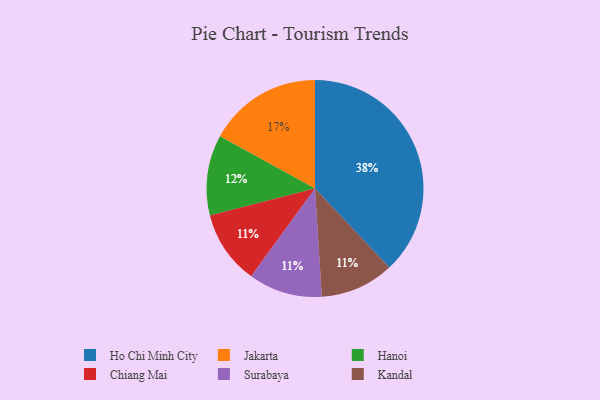
{"axis": {"x": "Category", "y": "Percentage"}, "legend": ["Chiang Mai", "Hanoi", "Ho Chi Minh City", "Jakarta", "Kandal", "Surabaya"], "data": [{"x": "Jakarta", "y": 17, "type": "Jakarta"}, {"x": "Chiang Mai", "y": 11, "type": "Chiang Mai"}, {"x": "Ho Chi Minh City", "y": 38, "type": "Ho Chi Minh City"}, {"x": "Hanoi", "y": 12, "type": "Hanoi"}, {"x": "Surabaya", "y": 11, "type": "Surabaya"}, {"x": "Kandal", "y": 11, "type": "Kandal"}]}